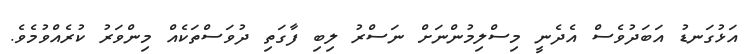
އަޅުގަނޑު އަބަދުވެސް އެދެނީ މިސްލިމުންނަށް ނަސްރު ލިބި ފާގަތި ދުވަސްތަކެއް މިންވަރު ކުރެއްވުމެވެ.